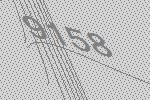
9158